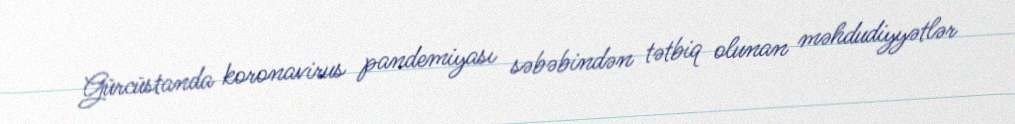
Gürcüstanda koronavirus pandemiyası səbəbindən tətbiq olunan məhdudiyyətlər